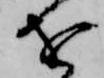
を